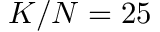
K / N = 2 5 \